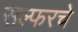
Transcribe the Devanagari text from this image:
सल्फरचे